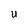
Character: U